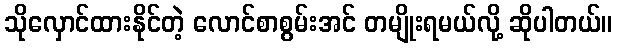
သိုလှောင်ထားနိုင်တဲ့ လောင်စာစွမ်းအင် တမျိုးရမယ်လို့ ဆိုပါတယ်။